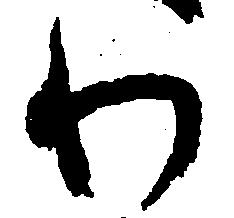
わ